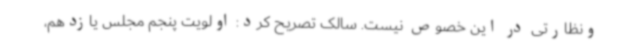
ونظارتی در این خصوص نیست. سالک تصریح کرد: اولویت پنجم مجلس یازدهم،